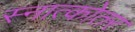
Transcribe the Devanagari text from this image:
स्नात्कोतर